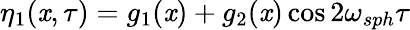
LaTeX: \eta_{1}(\mathit{x},\tau)=g_{1}(\mathit{x})+g_{2}(\mathit{x})\cos2\omega_{sph}\tau